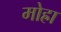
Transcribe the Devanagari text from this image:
मोह्रा